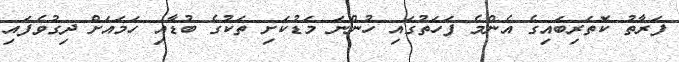
ފަރާތު ކޮތަރިބައިގެ އެންމެ ފަހަތުގައި ހުންނަ މަޑުކަށި ތަކުގެ ބުޑާއި ހަމައަށް ދިގުވެފައި